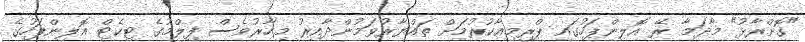
"ގޮށްރާޅު" މާދަމާ ރޭ އޮލިންޕަހުގައި ޕްރިމިއާކުރުމަށް ތައްޔާރުވަމުންދާއިރު މިހާރުވެސް ފިލްމުގެ ޓިކެޓް އޮލިންޕަހުގެ